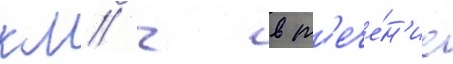
км/ ч в т'ече́н'ие